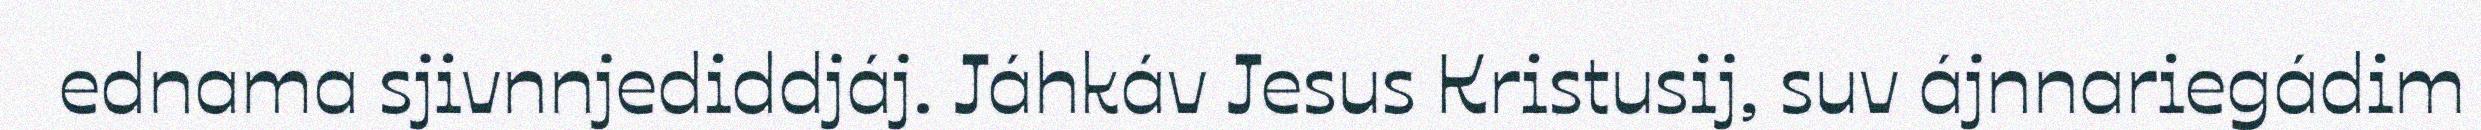
ednama sjivnnjediddjáj. Jáhkáv Jesus Kristusij, suv ájnnariegádim